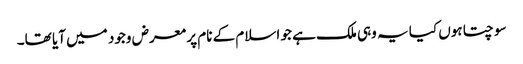
سوچتا ہوں کیا یہ وہی ملک ہے جو اسلام کے نام پر معرض وجود میں آیا تھا۔